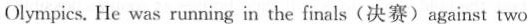
Olympics. He was running in the finals(决赛)against two